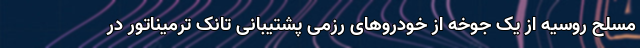
مسلح روسیه از یک جوخه از خودروهای رزمی پشتیبانی تانک ترمیناتور در